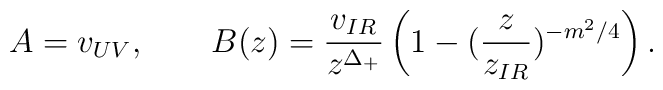
A = v_{UV}, \qquad B(z) = \frac{v_{IR}}{z^{\Delta_+}} \left(1 -(\frac{z}{z_{IR}})^{-m^2/4} \right).